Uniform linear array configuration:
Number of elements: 64
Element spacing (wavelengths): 1
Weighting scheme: uniform
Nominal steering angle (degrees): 30
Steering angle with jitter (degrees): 29.391
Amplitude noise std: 0.05
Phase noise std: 0.05

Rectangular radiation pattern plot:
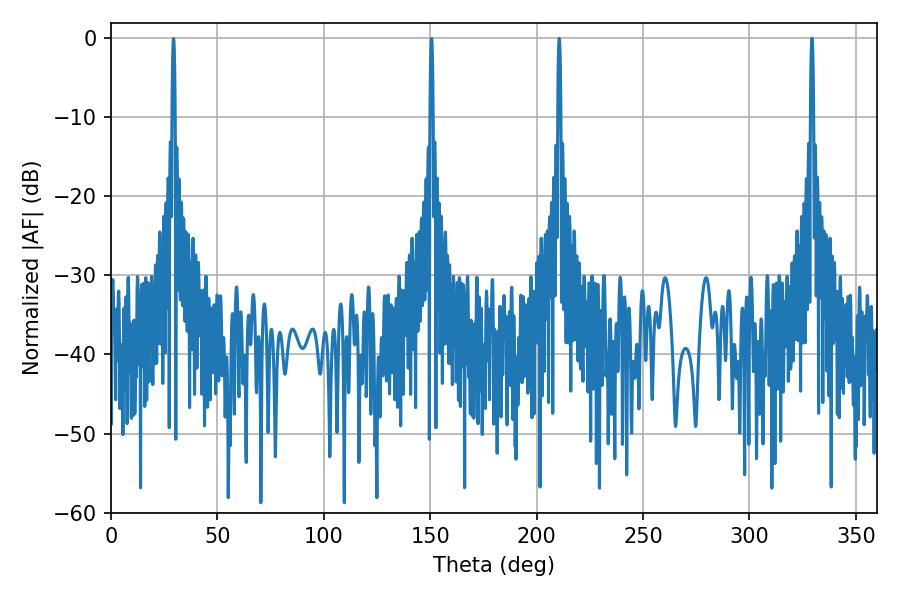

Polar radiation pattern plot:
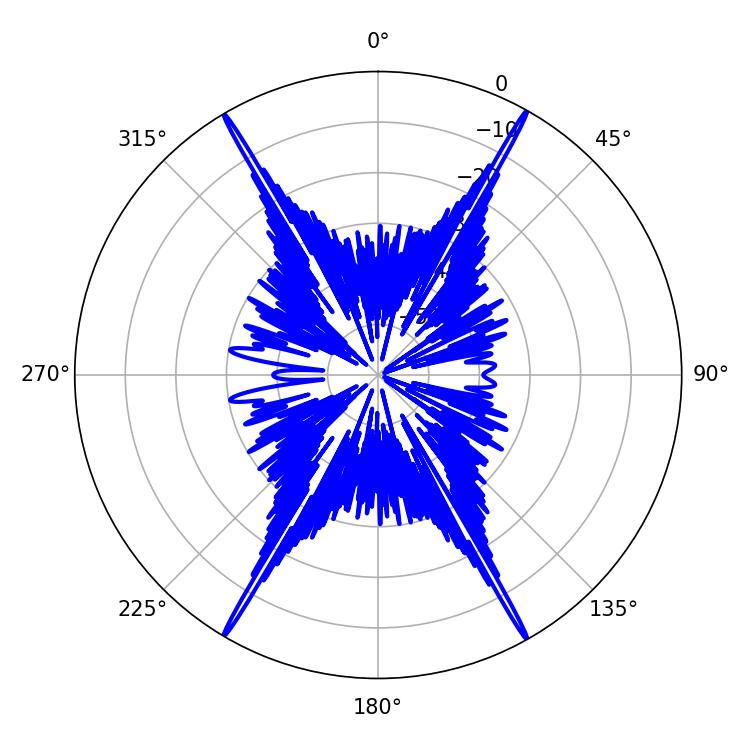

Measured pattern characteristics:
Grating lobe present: TRUE
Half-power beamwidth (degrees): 0.72
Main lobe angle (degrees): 210.6